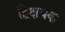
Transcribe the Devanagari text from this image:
द्विक्षयक